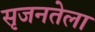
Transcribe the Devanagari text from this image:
सृजनतेला